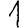
Digit: 1